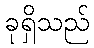
ခုရှိသည်